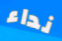
نداء